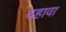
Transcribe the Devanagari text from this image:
वहावा